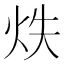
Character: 𭴓